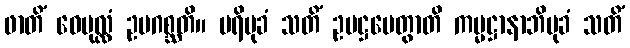
ဖာတိံ ဝေပုလ္လံ ဥပဂစ္ဆတိ။ ပရိမုခံ သတိံ ဥပဋ္ဌပေတွာတိ ကမ္မဋ္ဌာနာဘိမုခံ သတိံ